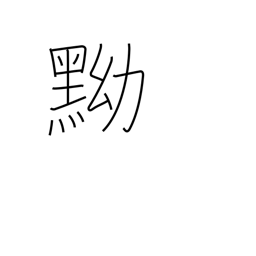
Meaning: black